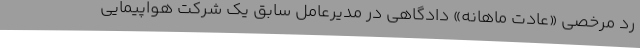
رد مرخصی «عادت ماهانه» دادگاهی در مدیرعامل سابق یک شرکت هواپیمایی